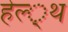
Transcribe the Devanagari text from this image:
हेल्‍्थ